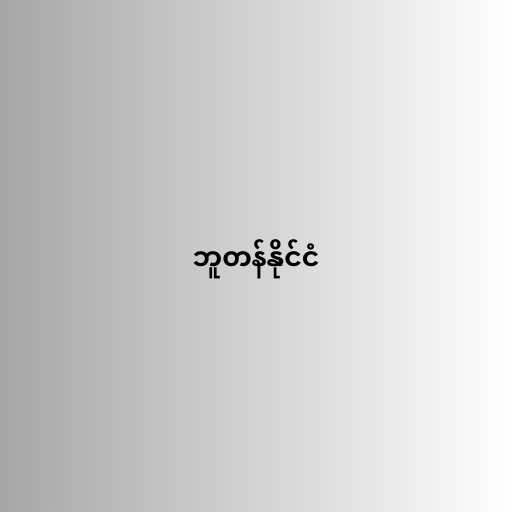
ဘူတန်နိုင်ငံ